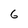
Character: 6